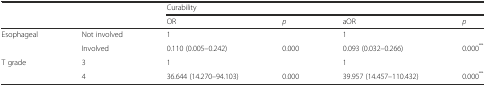
<table><thead><tr><td></td><td></td><td colspan="4"><b>Curability</b></td></tr><tr><td></td><td></td><td><b>OR</b></td><td><b><i>p</i></b></td><td><b>aOR</b></td><td><b><i>p</i></b></td></tr></thead><tbody><tr><td rowspan="2">Esophageal</td><td>Not involved</td><td>1</td><td></td><td>1</td><td></td></tr><tr><td>Involved</td><td>0.110 (0.005–0.242)</td><td>0.000</td><td>0.093 (0.032–0.266)</td><td>0.000<sup>**</sup></td></tr><tr><td rowspan="2">T grade</td><td>3</td><td>1</td><td></td><td>1</td><td></td></tr><tr><td>4</td><td>36.644 (14.270–94.103)</td><td>0.000</td><td>39.957 (14.457–110.432)</td><td>0.000<sup>**</sup></td></tr></tbody></table>